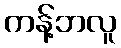
ကန့်ဘလူ